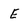
Character: E